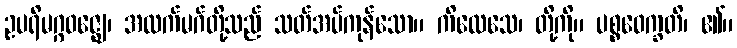
ဥပရိမဂ္ဂဝဇ္ဈေ၊ အထက်မဂ်တို့သည် သတ်အပ်ကုန်သော။ ကိလေသေ၊ တို့ကို။ ပစ္စဝေက္ခတိ၊ ၏။